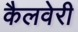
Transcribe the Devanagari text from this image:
कैलवेरी